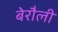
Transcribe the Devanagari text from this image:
बेरौली